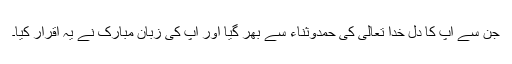
جن سے آپ کا دل خدا تعالیٰ کی حمدوثناء سے بھر گیا اور آپ کی زبانِ مبارک نے یہ اقرار کیا۔